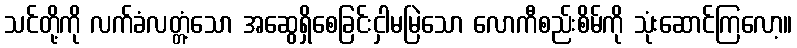
သင်တို့ကို လက်ခံလတ္တံ့သော အဆွေရှိစေခြင်းငှါမမြဲသော လောကီစည်းစိမ်ကို သုံးဆောင်ကြလော့။